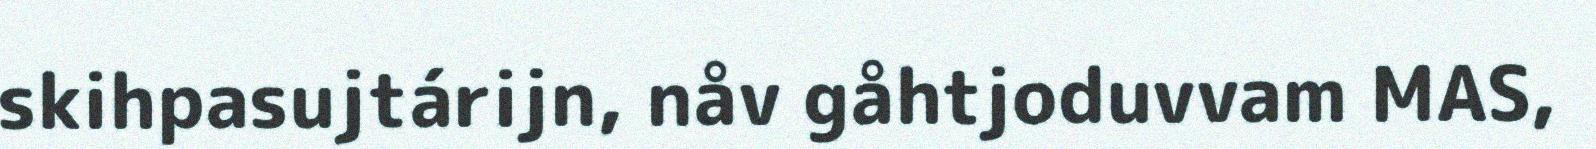
skihpasujtárijn, nåv gåhtjoduvvam MAS,